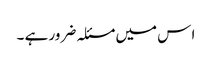
ا س میں مسئلہ ضرور ہے ۔